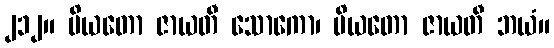
၂၁၂။ ပိယတော ဇာယတီ သောကော၊ ပိယတော ဇာယတီ ဘယံ။